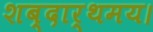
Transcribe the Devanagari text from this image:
शब्दार्थमय।